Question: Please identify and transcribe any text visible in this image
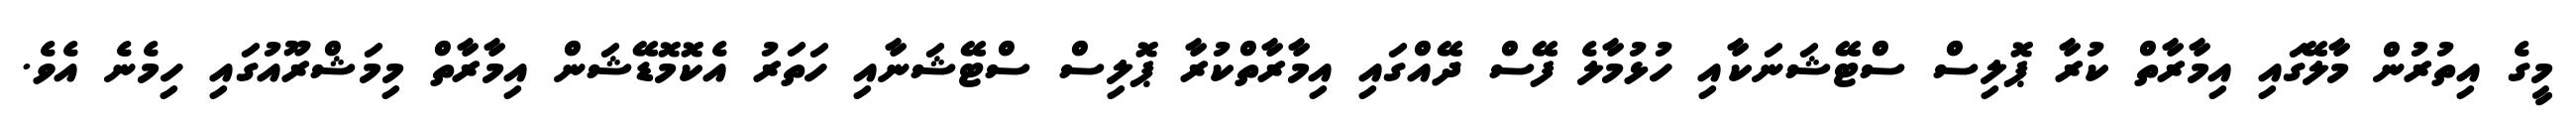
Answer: މީގެ އިތުރުން މާލޭގައި އިމާރާތް ކުރާ ޕޮލިސް ސްޓޭޝަނަކާއި ހުޅުމާލެ ފޭސް ދޭއްގައި އިމާރާތްކުރާ ޕޮލިސް ސްޓޭޝަނާއި ހަތަރު އެކޮމޮޑޭޝަން އިމާރާތް މިމަޝްރޫއުގައި ހިމެނެ އެވެ.